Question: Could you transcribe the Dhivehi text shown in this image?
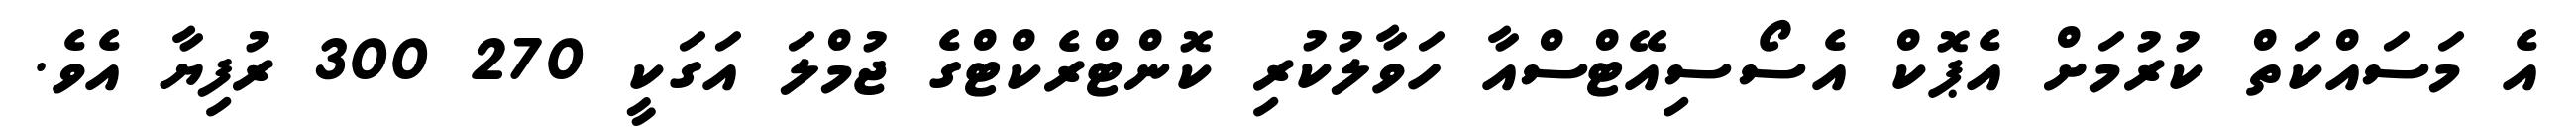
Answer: އެ މަސައްކަތް ކުރުމަށް އެޕޮކް އެސޯސިއޭޓްސްއާ ހަވާލުކުރި ކޮންޓްރެކްޓްގެ ޖުމްލަ އަގަކީ 270 300 ރުފިޔާ އެވެ.